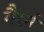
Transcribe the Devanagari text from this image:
गैरर्न